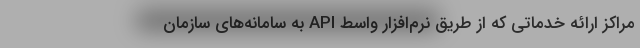
مراکز ارائه خدماتی که از طریق نرم‌افزار واسط API به سامانه‌های سازمان